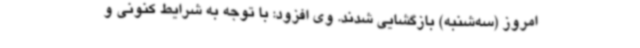
امروز (سه‌شنبه) بازگشایی شدند. وی افزود: با توجه به شرایط کنونی و